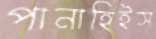
পানাহিইস